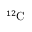
^ { 1 2 } \mathrm { C }